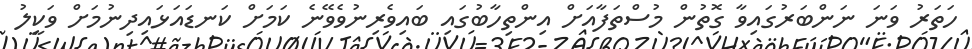
ހަތަރު ވަނަ ނަންބަރުގައިވާ ގޮތުން މުސްތަފާއަށް އިންތިހާބުގައި ބައިވެރިނުވެވޭނެ ކަމަށް ކަނޑައަޅައިދިނުމަށް ވަކީލު